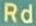
Rd